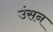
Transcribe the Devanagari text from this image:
उंसन